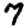
Digit: 7